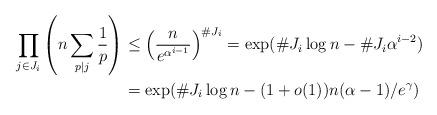
LaTeX: \begin{align*} \prod_{j\in J_i}\left(n\sum_{p\mid j}\frac1p\right)&\le \left(\frac n{e^{\alpha^{i-1}}}\right)^{\#J_i} =\exp(\#J_i\log n-\#J_i\alpha^{i-2})\\ &=\exp(\#J_i\log n-{(1+o(1))n(\alpha-1)/e^\gamma}) \end{align*}